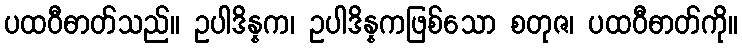
ပထဝီဓာတ်သည်။ ဥပါဒိန္နက၊ ဥပါဒိန္နကဖြစ်သော စတုဇ၊ ပထဝီဓာတ်ကို။